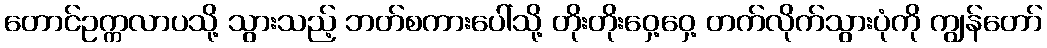
တောင်ဥက္ကလာပသို့ သွားသည့် ဘတ်စကားပေါ်သို့ တိုးတိုးဝှေ့ဝှေ့ တက်လိုက်သွားပုံကို ကျွန်တော်